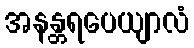
အနန္တရပေယျာလံ